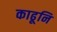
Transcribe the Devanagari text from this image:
काढूनि